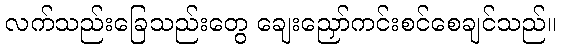
လက်သည်းခြေသည်းတွေ ချေးညှော်ကင်းစင်စေချင်သည်။